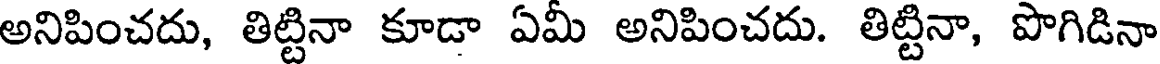
అనిపించదు, తిట్టినా కూడా ఏమీ అనిపించదు. తిట్టినా, పొగిడినా